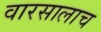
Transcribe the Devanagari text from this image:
वारसालाच